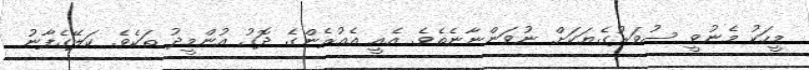
މީހަކު މެނުވީ ސުވަރުގެޔަކަށް ނުވަންނާނެތެވެ. އެއީ އެއުރެންގެ ދޮގު އުންމީދު ތަކެވެ. ކަލޭގެފާނު